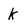
Character: k